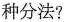
种分法？